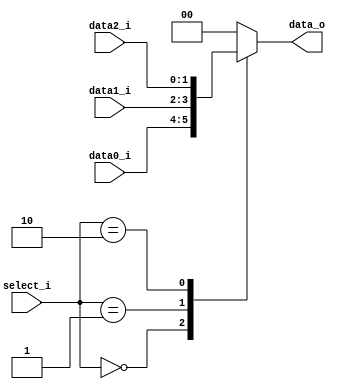
//Student ID: 0310020
//Subject:     CO project 2 - MUX 221
//--------------------------------------------------------------------------------
//Version:     1
//--------------------------------------------------------------------------------
//Writer:      Luke
//----------------------------------------------
//----------------------------------------------
//Description: 
//--------------------------------------------------------------------------------
     
module MUX_3to1(
               data0_i,
               data1_i,
			   data2_i,
               select_i,
               data_o
               );

parameter size = 0;			   
			
//I/O ports               
input   [size-1:0] data0_i;          
input   [size-1:0] data1_i;
input   [size-1:0] data2_i;
input   [2-1:0]    select_i;
output  [size-1:0] data_o; 

//Internal Signals
reg     [size-1:0] data_o;

//Main function
always@(select_i, data0_i, data1_i, data2_i)begin
  case(select_i)
	2'b00: data_o <= data0_i;
	2'b01: data_o <= data1_i;
	2'b10: data_o <= data2_i;
	default: data_o <= 0;
  endcase
end
endmodule